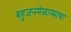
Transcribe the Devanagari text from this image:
बहुजनमेळाव्याचा